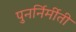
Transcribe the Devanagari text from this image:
पुनर्निर्मीती